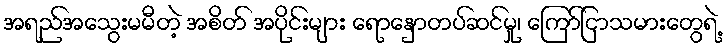
အရည်အသွေးမမီတဲ့ အစိတ် အပိုင်းများ ရောနှောတပ်ဆင်မှု၊ ကြော်ငြာသမားတွေရဲ့